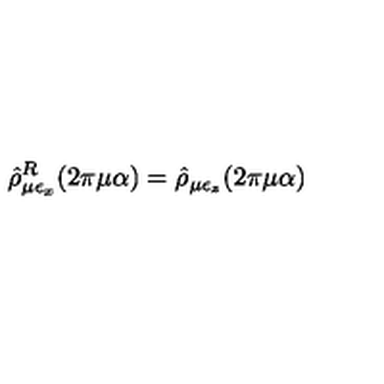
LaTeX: \hat { \rho } _ { \mu \epsilon _ { x } } ^ { R } ( 2 \pi \mu \alpha ) = \hat { \rho } _ { \mu \epsilon _ { z } } ( 2 \pi \mu \alpha )